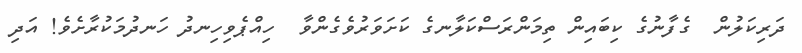
ދަރިކަލުން  ގެފާނުގެ ކިބައިން ތިމަންރަސްކަލާނގެ ކަށަވަރުވެގެންވާ  ހިއްޕެވިހިނދު ހަނދުމަކުރާށެވެ! އަދި